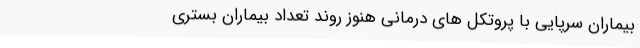
بیماران سرپایی با پروتکل های درمانی هنوز روند تعداد بیماران بستری